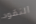
النقود